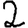
Digit: 2